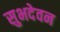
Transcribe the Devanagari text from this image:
सुभदेवन